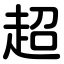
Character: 超